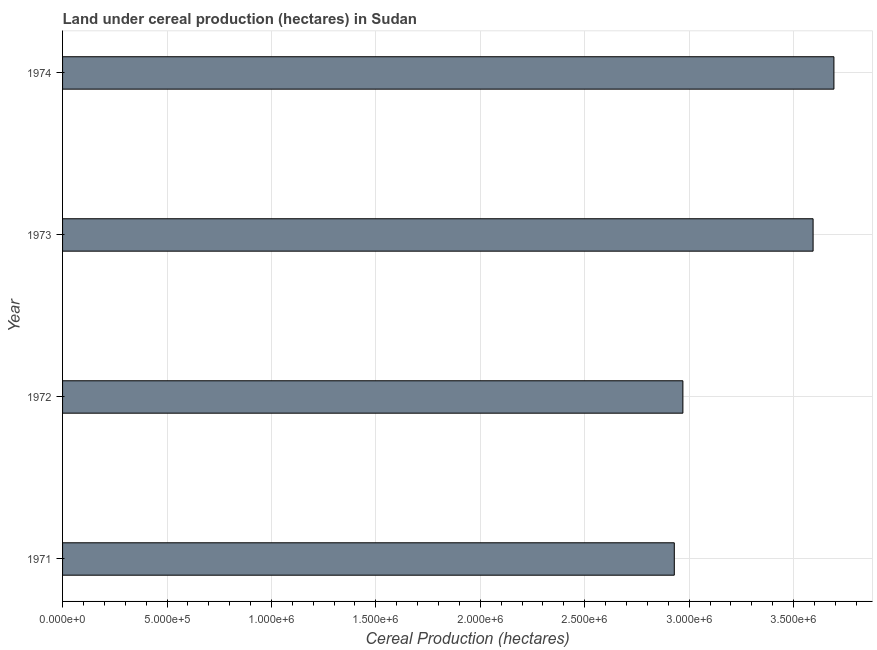
| Year | Land under cereal production (hectares) |
 | --- | --- |
 | 1971 | 2.93e+06 |
 | 1972 | 2.97e+06 |
 | 1973 | 3.59e+06 |
 | 1974 | 3.69e+06 |